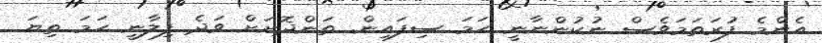
އެންމެ ފުރަތަމަވެސް ނުކުންނާނީ ހަމަ ސިފައިން. ތަންދޮށަށް ވަދެ ފިލާނީ ހަމަ ތިޔަ